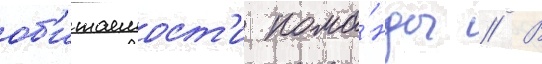
об'итаемост'и кома́нды // В